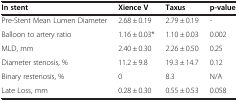
| In stent | Xience V | Taxus | p-value |
 | --- | --- | --- | --- |
 | Pre-Stent Mean Lumen Diameter | 2.68 ± 0.19 | 2.79 ± 0.19 | - |
 | Balloon to artery ratio | 1.16 ± 0.03* | 1.10 ± 0.03 | 0.002 |
 | MLD, mm | 2.40 ± 0.30 | 2.26 ± 0.50 | 0.25 |
 | Diameter stenosis, % | 11.2 ± 9.8 | 19.3 ± 14.7 | 0.12 |
 | Binary restenosis, % | 0 | 8.3 | N/A |
 | Late Loss, mm | 0.28 ± 0.30 | 0.55 ± 0.53 | 0.058 |